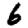
Digit: 6